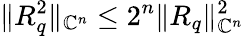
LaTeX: \| R_{q}^{2}\| _{\mathbb{C}^{n}}\leq2^{n}\| R_{q}\| _{\mathbb{C}^{n}}^{2}